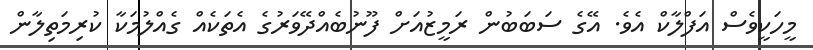
މީހަކީވެސް އަފްލާކް އެވެ. އޭގެ ސަބަބުން ރަމީޒުއަށް ފޫނުބެއްދޭވަރުގެ އެތަކެއް ގެއްލުމަކާ ކުރިމަތިލާން